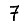
Digit: 7